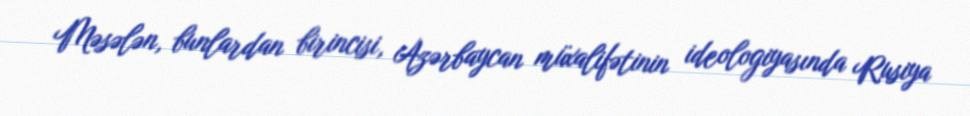
Məsələn, bunlardan birincisi, Azərbaycan müxalifətinin ideologiyasında Rusiya